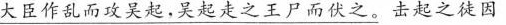
大臣作乱而攻吴起，吴起走之王尸而伏之。击起之徒因